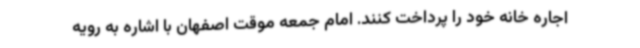
اجاره خانه خود را پرداخت کنند. امام جمعه موقت اصفهان با اشاره به رویه